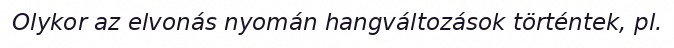
Olykor az elvonás nyomán hangváltozások történtek, pl.